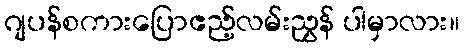
ဂျပန်စကားပြောဧည့်လမ်းညွှန် ပါမှာလား။